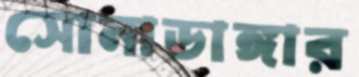
সোনাডাঙ্গার